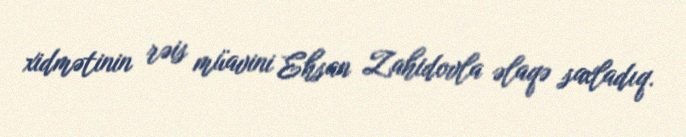
xidmətinin rəis müavini Ehsan Zahidovla əlaqə saxladıq.